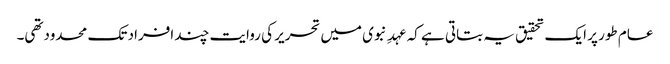
عام طور پر ایک تحقیق یہ بتاتی ہے کہ عہدِ نبوی میں تحریر کی روایت چند افراد تک محدودتھی۔